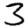
Digit: 3